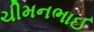
ચીમનભાઈ